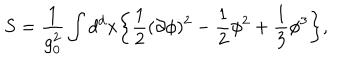
S = \frac { 1 } { g _ { 0 } ^ { 2 } } \int d ^ { d } x \bigg \{ \frac { 1 } { 2 } ( \partial \phi ) ^ { 2 } - \frac { 1 } { 2 } \phi ^ { 2 } + \frac { 1 } { 3 } \phi ^ { 3 } \bigg \} ,